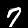
Digit: 7